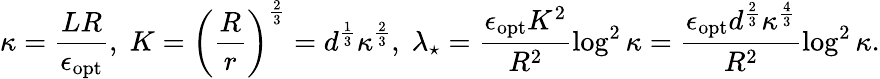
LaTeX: \kappa=\frac{LR}{\epsilon_{\textup{opt}}},\; K=\left(\frac Rr\right)^{\frac 23}=d^{\frac 13}\kappa^{\frac 23},\; \lambda_{\star}=\frac{\epsilon_{\textup{opt}}K^{2}}{R^{2}}\log^{2}\kappa=\frac{\epsilon_{\textup{opt}}d^{\frac 23}\kappa^{\frac 43}}{R^{2}}\log^{2}\kappa.